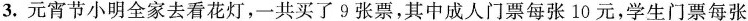
3. 元宵节小明全家去看花灯，一共买了9张票，其中成人门票每张10元，学生门票每张